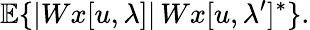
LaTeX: {\mathbb E}\{ |Wx[u,\lambda]|\, Wx[u,\lambda^{\prime}]^{*}\} .